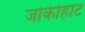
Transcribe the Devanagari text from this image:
जोकीहाट